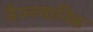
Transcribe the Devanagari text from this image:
वैज्ज्यानिक